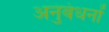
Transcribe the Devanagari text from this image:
अनुबंधनों